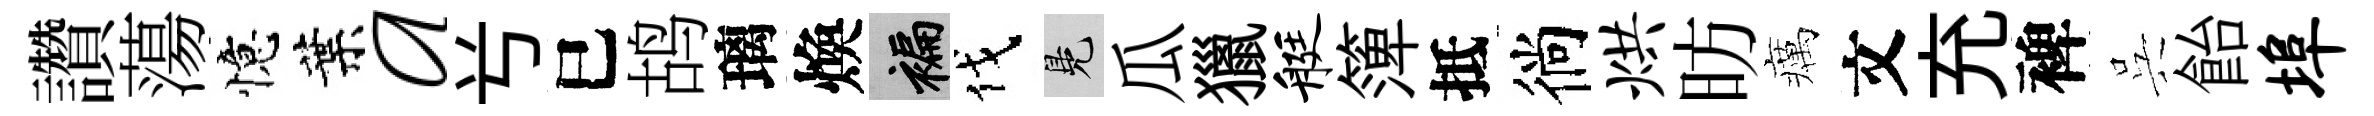
讚蕩憶葉a𠔃巳鸪璃煥褊伐鳬瓜獵艇𥱼抵徜烘昉癘文充裨呉飴埠